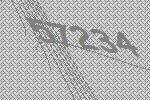
57234